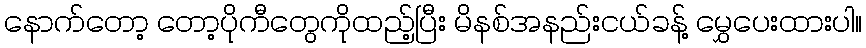
နောက်တော့ တော့ပိုကီတွေကိုထည့်ပြီး မိနစ်အနည်းငယ်ခန့် မွှေပေးထားပါ။